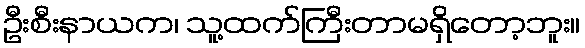
ဦးစီးနာယက၊ သူ့ထက်ကြီးတာမရှိတော့ဘူး။